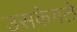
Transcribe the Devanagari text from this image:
उसकेगले